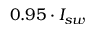
0 . 9 5 \cdot I _ { s w }